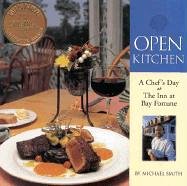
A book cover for Open Kitchen: A Chef's Day at The Inn at Bay Fortune; Michael Smith; Cookbooks, Food & Wine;